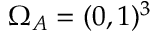
\Omega _ { A } = ( 0 , 1 ) ^ { 3 }